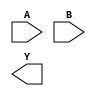
module sky130_fd_sc_hdll__xnor2 (
    //# {{data|Data Signals}}
    input  A,
    input  B,
    output Y
);

    // Voltage supply signals
    supply1 VPWR;
    supply0 VGND;
    supply1 VPB ;
    supply0 VNB ;

endmodule